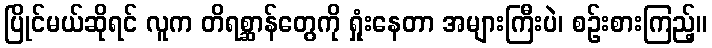
ပြိုင်မယ်ဆိုရင် လူက တိရစ္ဆာန်တွေကို ရှုံးနေတာ အများကြီးပဲ၊ စဉ်းစားကြည့်။